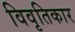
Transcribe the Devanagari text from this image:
विवृतिकार